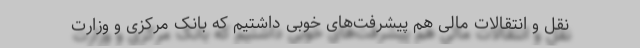
نقل و انتقالات مالی هم پیشرفت‌های خوبی داشتیم که بانک مرکزی و وزارت